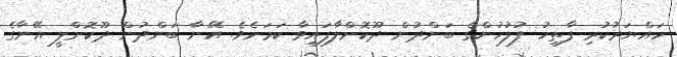
ހައްޔަރުކުރި ފާތިހު ފުލުހުންގެ ބަންދުން ދޫކޮށްލާފައިވާ ކަމަަށެވެ. އޭނާ ބަންދުން ދޫކޮށްލީ އޭނާގެ